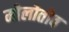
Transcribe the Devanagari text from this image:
मोलोतोव